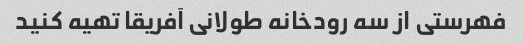
فهرستی از سه رودخانه طولانی آفریقا تهیه کنید